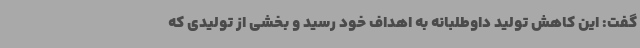
گفت: این کاهش تولید داوطلبانه به اهداف خود رسید و بخشی از تولیدی که